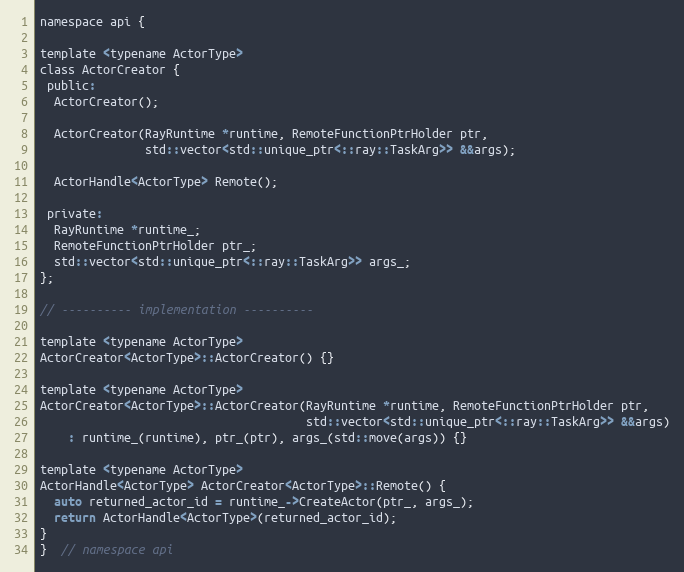
Language: C
namespace api {

template <typename ActorType>
class ActorCreator {
 public:
  ActorCreator();

  ActorCreator(RayRuntime *runtime, RemoteFunctionPtrHolder ptr,
               std::vector<std::unique_ptr<::ray::TaskArg>> &&args);

  ActorHandle<ActorType> Remote();

 private:
  RayRuntime *runtime_;
  RemoteFunctionPtrHolder ptr_;
  std::vector<std::unique_ptr<::ray::TaskArg>> args_;
};

// ---------- implementation ----------

template <typename ActorType>
ActorCreator<ActorType>::ActorCreator() {}

template <typename ActorType>
ActorCreator<ActorType>::ActorCreator(RayRuntime *runtime, RemoteFunctionPtrHolder ptr,
                                      std::vector<std::unique_ptr<::ray::TaskArg>> &&args)
    : runtime_(runtime), ptr_(ptr), args_(std::move(args)) {}

template <typename ActorType>
ActorHandle<ActorType> ActorCreator<ActorType>::Remote() {
  auto returned_actor_id = runtime_->CreateActor(ptr_, args_);
  return ActorHandle<ActorType>(returned_actor_id);
}
}  // namespace api